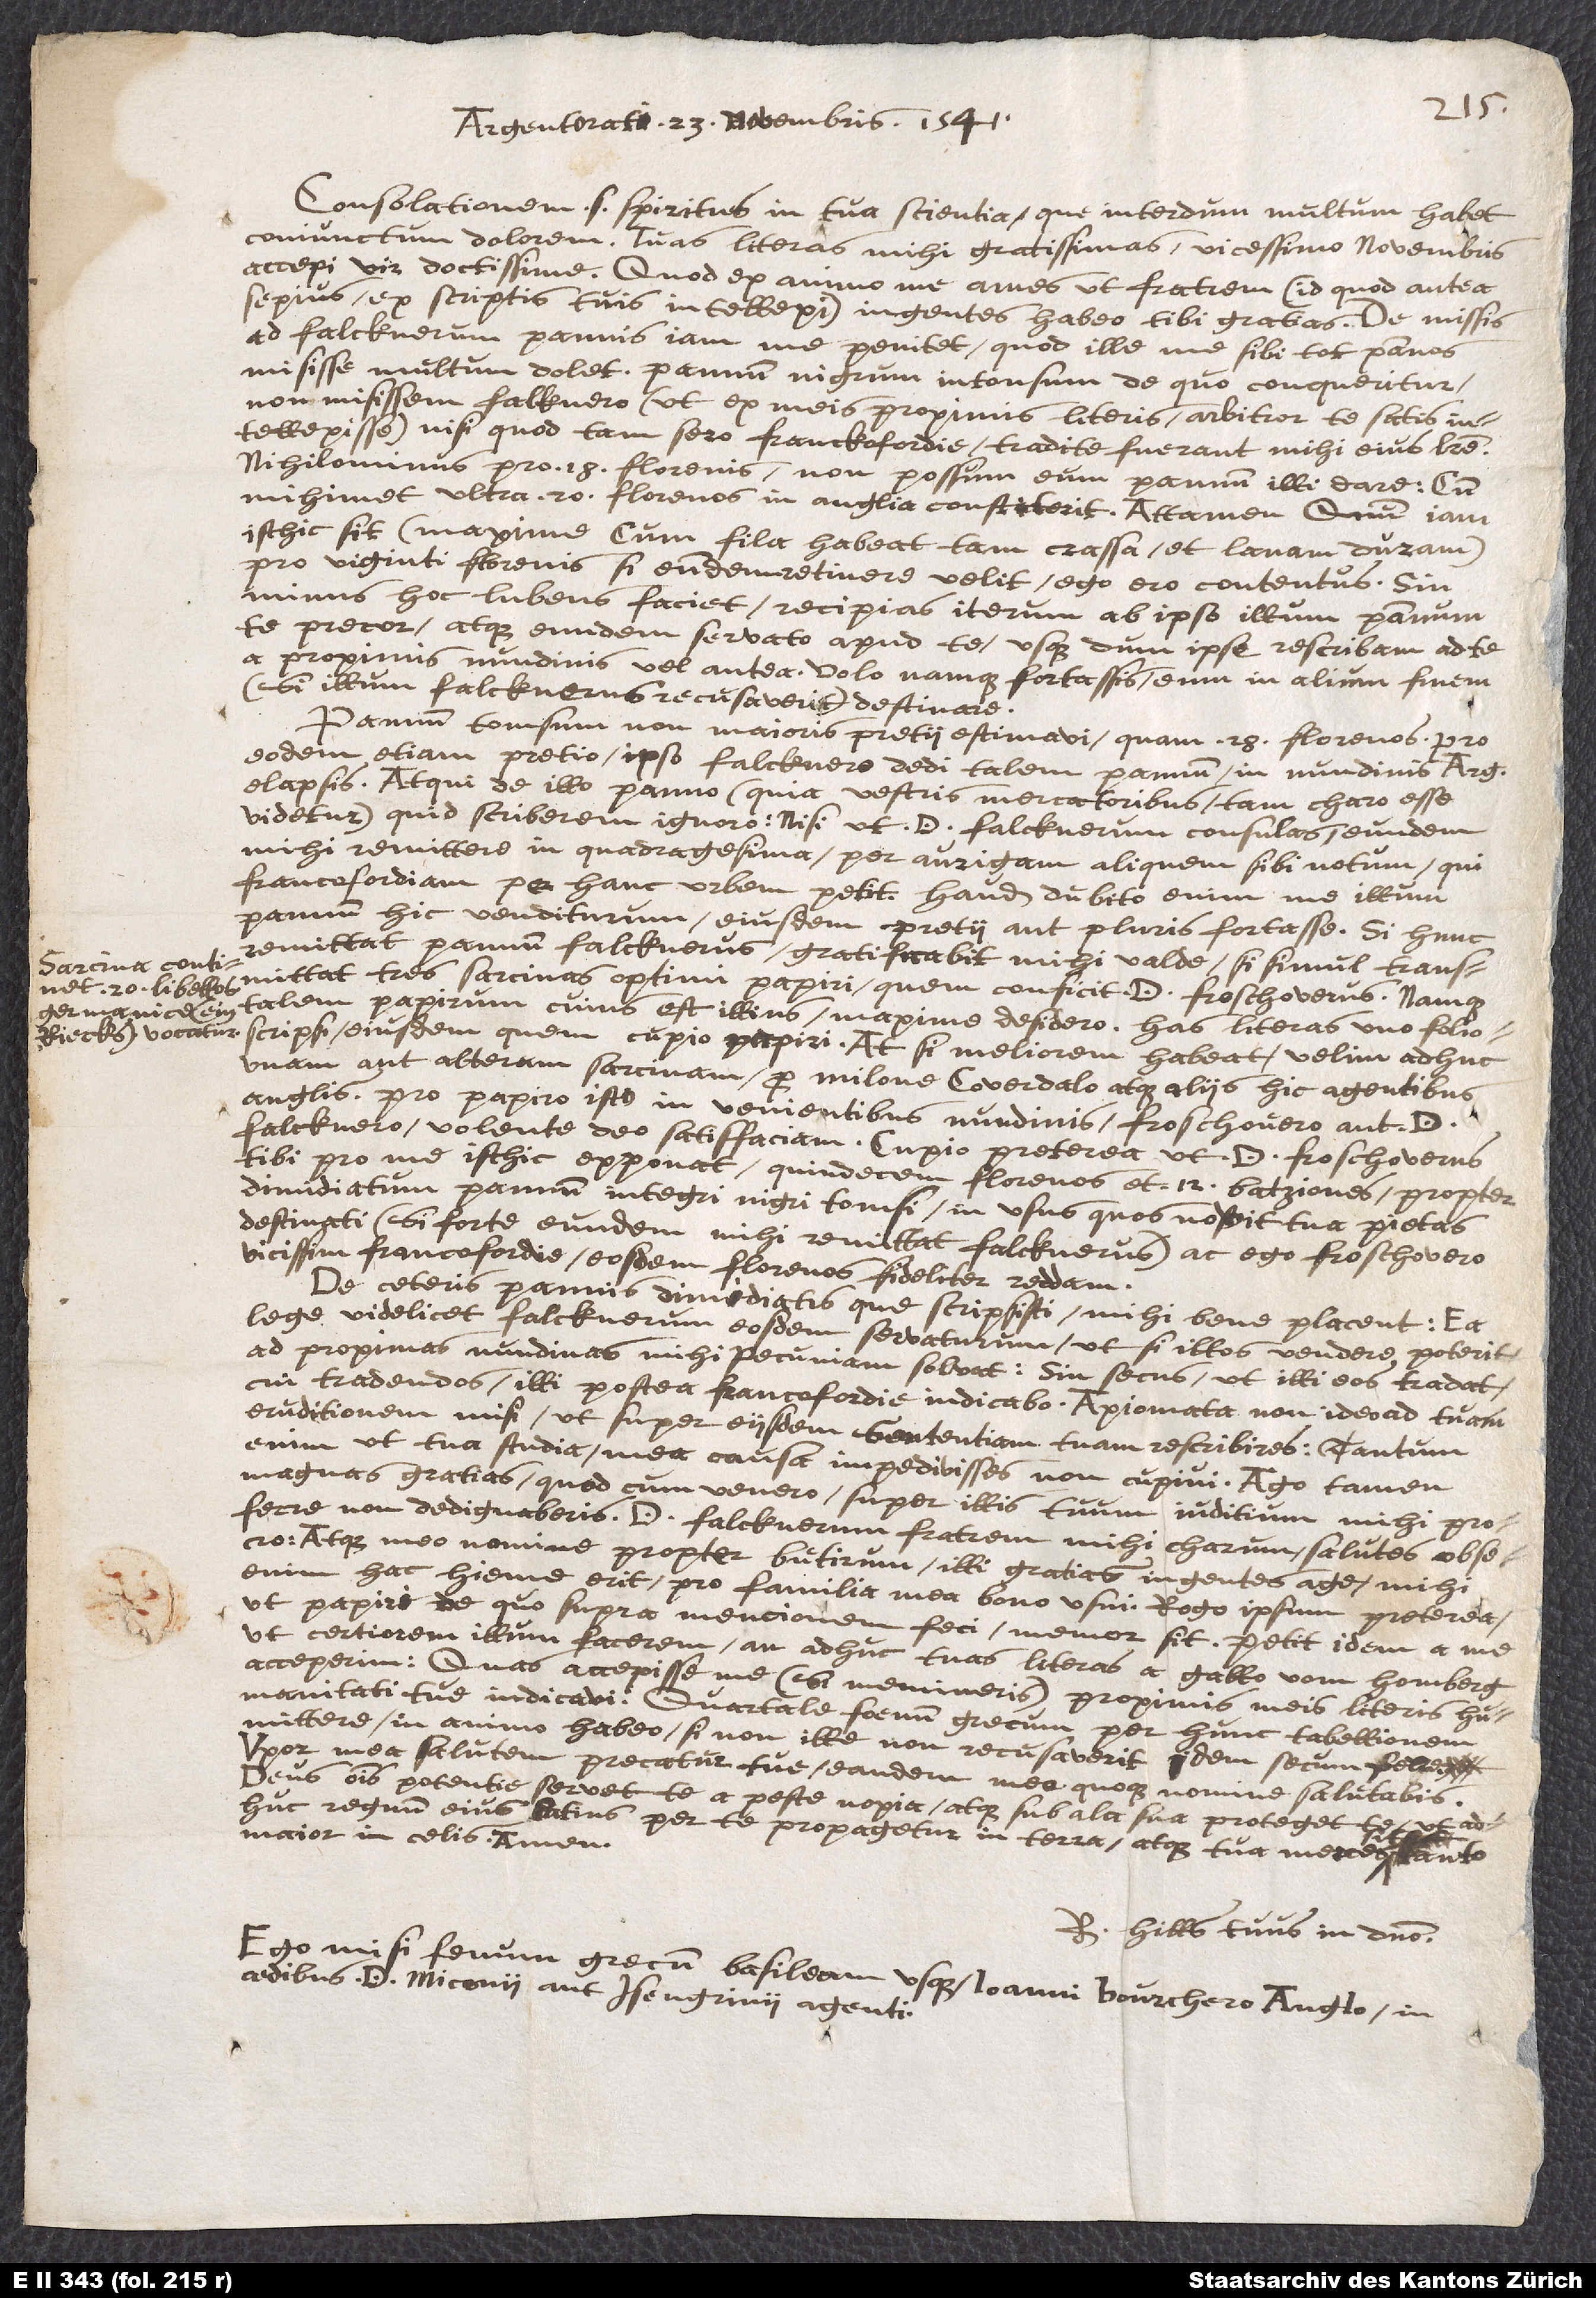
(Sarcina continet
20 libellos:
Germanice ein
Riecks vocatur.)

Argentorati, 23 Novembris 1541.
Consolationem Sancti Spiritus in tua scientia, quae interdum multum habet
conjunctum dolorem. Tuas literas mihi gratissimas vicesimo Novembris
accepi, vir doctissime. Quod ex animo me ames ut fratrem (id quod antea
saepius ex scriptis tuis intellexi), ingentes habeo tibi gratias. De missis
ad Falcknerum pannis jam me poenitet, quod ille me sibi tot pannos
misisse multum dolet. Pannum nigrum intonsum, de quo conqueritur,
non misissem Falcknero (ut ex meis proximis literis arbitror te satis
intellexisse), nisi quod tam sero Francofordiae traditae fuerant mihi ejus literae.
Nihilominus pro 18 florenis non possum eum pannum illi dare, cum
mihimet ultra 20 florenos in Anglia constiterit. Attamen quum jam
isthic sit (maxime cum fila habeat tam crassa et lanam duram),
pro viginti florenis si eundem retinere velit, ego ero contentus. Sin
minus hoc lubens faciet, recipias iterum ab ipso illum pannum,
te precor, atque eundem servato apud te, usquedum ipse rescribam ad te
a proximis nundinis, vel antea. Volo namque fortassis eum in alium finem
(si illum Falcknerus recusaverit) destinare.
Pannum tonsum non majoris pretii aestimavi quam 28 florenos. Pro
eodem etiam pretio ipso Falcknero dedi talem pannum in nundinis Argentinensibus
elapsis. Atqui de illo panno (quia vestris mercatoribus tam caro esse
videtur) quid scriberem ignoro, nisi ut D. Falcknerum consulas eundem
mihi remittere in quadragesima, per aurigam aliquem sibi notum, qui
Francofordiam per hanc urbem petit. Haud dubito enim me illum
pannum hic venditurum ejusdem pretii aut pluris fortasse. Si hunc
remittat pannum Falcknerus, gratificabit mihi valde, si simul transmittat tres
sarcinas optimi papyri, quem conficit D. Froschoverus.
talem papyrum cujus est illius maxime desidero. Has literas uno folio
scripsi ejusdem, quem cupio, papyri: at si meliorem habeat, velim adhuc
unam aut alteram sarcinam pro Milone Coverdalo atque aliis hic agentibus
Anglis. Pro papyro isto in venientibus nundinis Froschovero aut D.
Falcknero, volente Deo, satisfaciam. Cupio praeterea, ut D. Froschoverus
tibi pro me isthic opponat quindecim florenos et 12 batziones, propter
dimidiatum pannum integri nigri tonsi, in usus quos novit tua pietas
destinati, si forte eundem mihi remittat Falcknerus; ac ego Froschovero
vicissim Francofordiae eosdem florenos fideliter reddam.
De ceteris pannis dimidiatis quae scripsisti, mihi bene placent: ea
lege videlicet Falcknerum eosdem servaturum, ut si illos vendere poterit,
ad proximas nundinas mihi pecuniam solvat; sin secus, ut illi eos tradat
cui tradendos illi postea Francofordiae indicabo. Axiomata non ideo ad tuam
eruditionem misi, ut super eisdem sententiam tuam rescriberes; tantum
enim ut tua studia mea causa impedivisses non cupivi: ago tamen
magnas gratias, quod, cum venero, super illis tuum judicium mihi proferre
non dedignaberis. D. Falcknerum, fratrem mihi carum, salutes obsecro,
atque meo nomine propter butyrum illi gratias ingentes age; mihi
enim hac hieme erit pro familia mea bono usui. Rogo ipsum praeterea,
ut papyri, de quo supra mentionem feci, memor sit. Petit idem a me,
ut certiorem illum facerem, an adhuc tuas literas a Gallo von Homberg
acceperim: quas accepisse me (si memineris) proximis meis literis
humanitati tuae indicavi. Quartale foenum Graecum per hunc tabellionem
mittere in animo habeo, si ille non recusaverit idem secum ferre.
Uxor mea salutem precatur tuae; eandem meo quoque nomine salutabis.
Deus omnis potentiae servet te a peste noxia, atque sub ala sua protegat te, ut
adhuc regnum ejus latius per te propagetur in terra, atque tua merces sit tanto
major in coelis. Amen.
Ego misi foenum Graecum Basileam usque Joanni Bourchero Anglo, in
aedibus D. Miconii aut Isengrinii agenti.